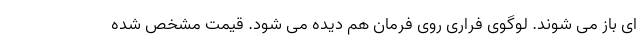
ای باز می شوند. لوگوی فراری روی فرمان هم دیده می شود. قیمت مشخص شده